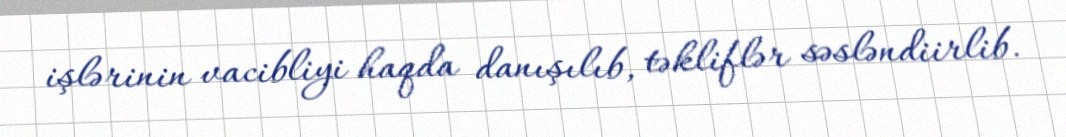
işlərinin vacibliyi haqda danışılıb, təkliflər səsləndiirlib.